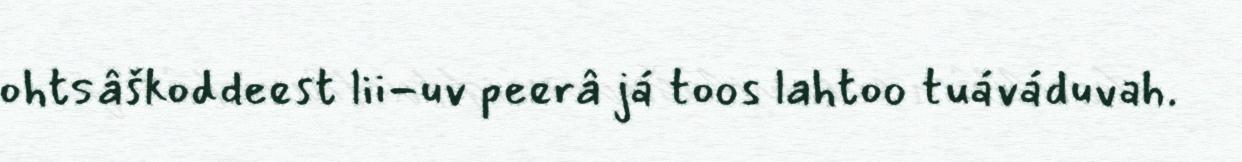
ohtsâškoddeest lii-uv peerâ já toos lahtoo tuáváduvah.